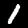
Label: 1